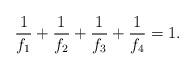
LaTeX: \begin{align*}\frac{1}{f_1} + \frac{1}{f_2} + \frac{1}{f_3} + \frac{1}{f_4} &= 1. \end{align*}